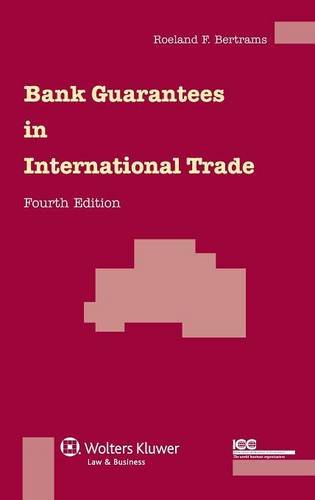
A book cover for Bank Guarantees in International Trade, Fourth Revised Edition; Roeland I. V. F. Bertrams; Law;